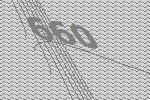
660